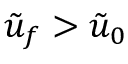
\tilde { u } _ { f } > \tilde { u } _ { 0 }